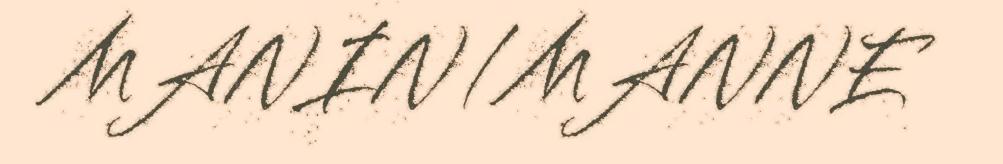
MANIN/MANNE